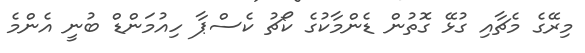
މިރޭގެ މެޗާއި ގުޅޭ ގޮތުން ޑެންމާކުގެ ކޯޗު ކެސްޕާ ހިއުމަންޑް ބުނީ އެންމެ